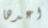
اعدها